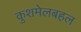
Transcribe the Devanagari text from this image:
कुशमेलबहल